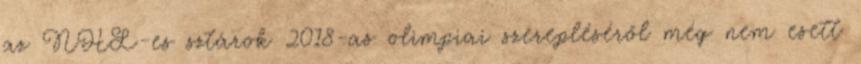
az NHL-es sztárok 2018-as olimpiai szerepléséről még nem esett